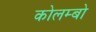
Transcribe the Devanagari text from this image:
कोलम्‍बो